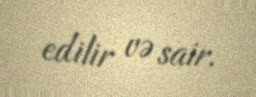
edilir və sair.